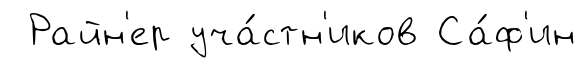
Райн'ер уча́стн'иков Са́ф'ин